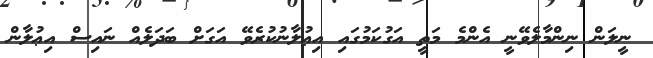
ނީލަން ނިންމާލެވޭނީ އެންމެ މަތީ އަގުކަމުގައި އިޢުލާނުކުރެވޭ އަގަށް ބަދަލެއް ނައިސް އިޢުލާން